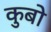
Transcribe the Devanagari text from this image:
कुबो